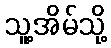
သူ့အိမ်သို့